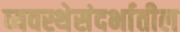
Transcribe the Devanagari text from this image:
व्यवस्थेसंदर्भातील